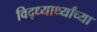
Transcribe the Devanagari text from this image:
विद्ध्यार्थ्यांच्या